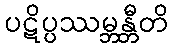
ပဋိပ္ပဿမ္ဘန္တီတိ